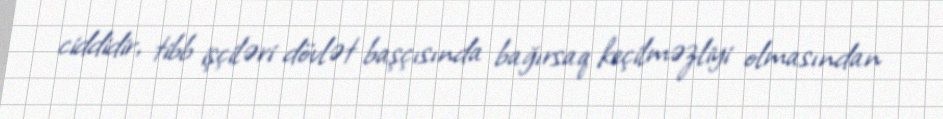
ciddidir, tibb işçiləri dövlət başçısında bağırsaq keçilməzliyi olmasından